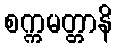
စက္ကမတ္တာနိ